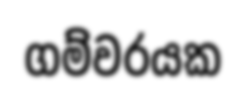
ගම්වරයක